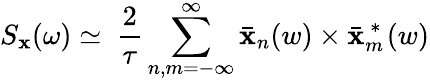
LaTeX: S_{\mathbf{x}}(\omega)\simeq\ \frac{{2}}{{\tau}}\sum_{n,m=-\infty}^{\infty}\bar{{\mathbf{x}}}_{n}(w)\times\bar{{\mathbf{x}}}_{m}^{\mathrm{{~*~}}}(w)